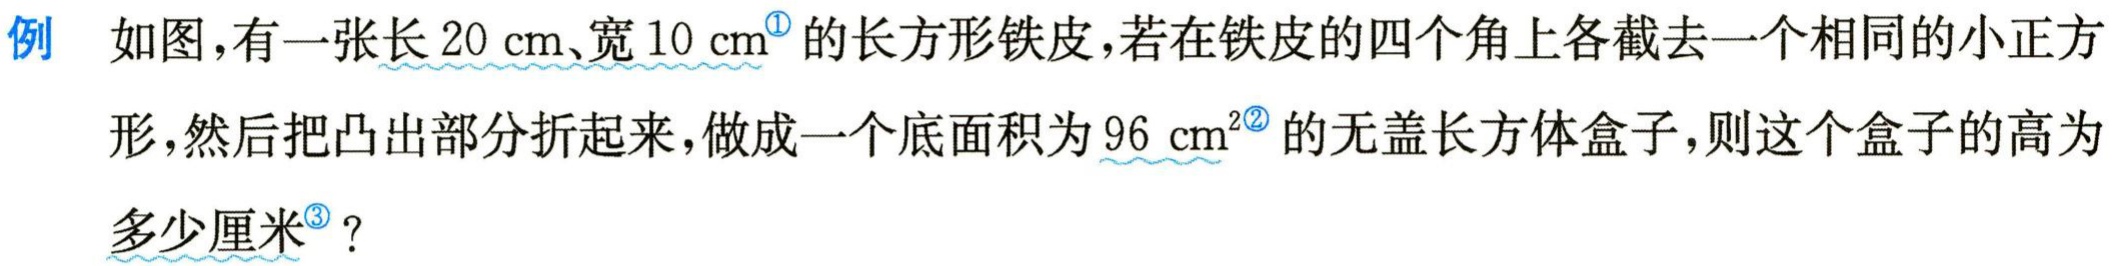
例 如图，有一张长\(20 \text{ cm}\)、宽\(10 \text{ cm}^{\circled{1}}\)的长方形铁皮，若在铁皮的四个角上各截去一个相同的小正方形，然后把凸出部分折起来，做成一个底面积为\(96 \text{ cm}^2^{\circled{2}}\)的无盖长方体盒子，则这个盒子的高为多少厘米\(^{\circled{3}}\)？